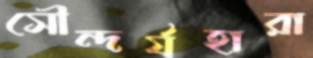
সৌন্দর্যহারা